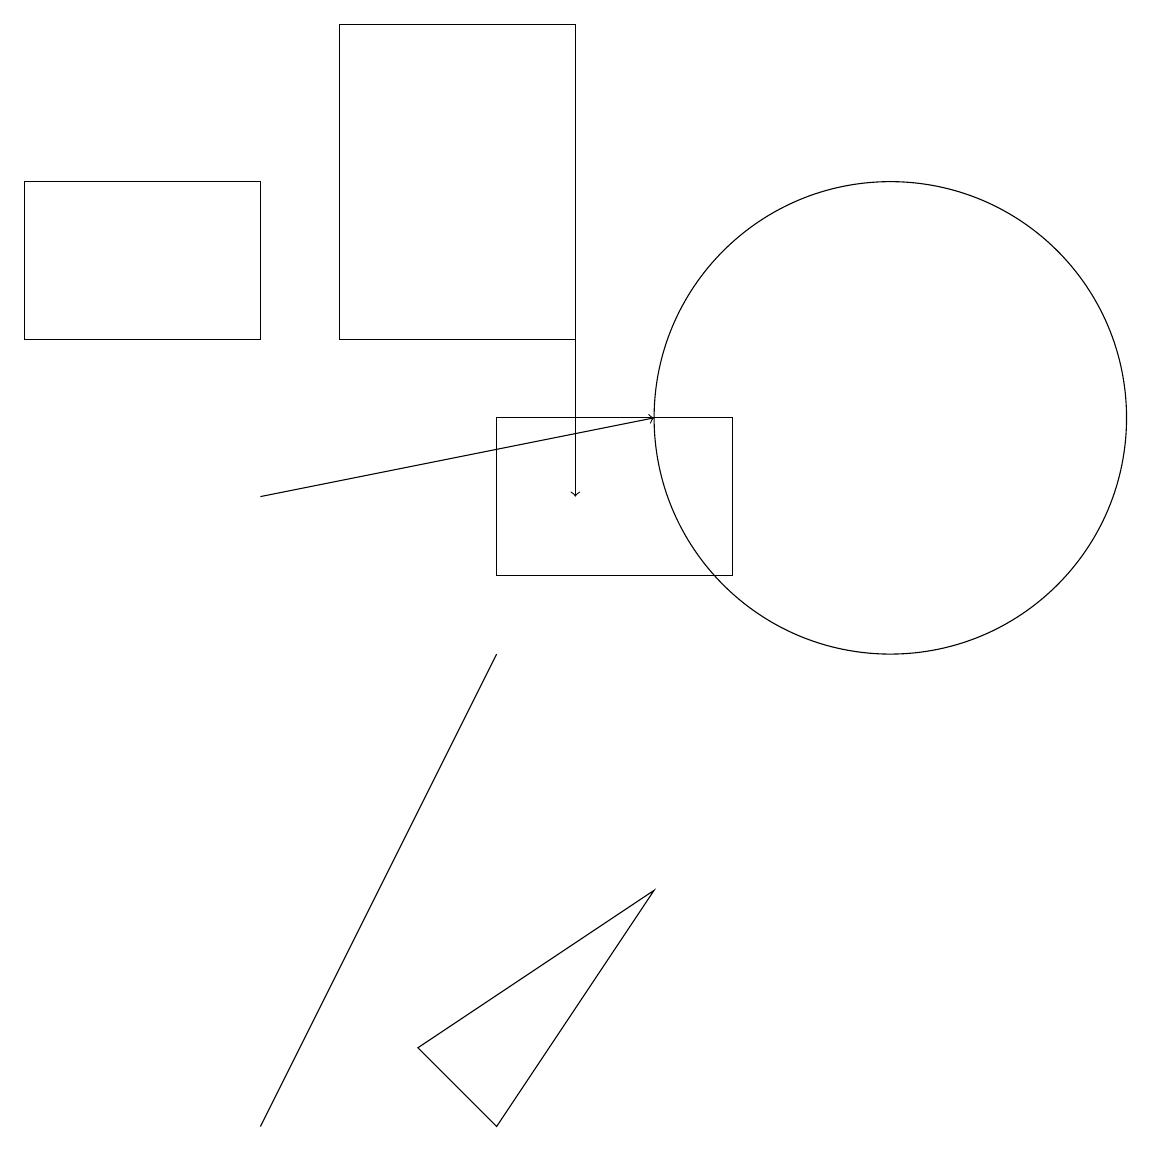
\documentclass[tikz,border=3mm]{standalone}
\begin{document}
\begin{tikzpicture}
\draw (8,6) -- (5,4) -- (6,3) -- cycle;
\draw[->] (3,11) -- (8,12);
\draw (4,5) -- (6,9) -- (3,3) -- cycle;
\draw (6,10) rectangle (9,12);
\draw[->] (7,16) -- (7,11);
\draw (0,13) rectangle (3,15);
\draw (11,12) circle (3);
\draw (7,13) rectangle (4,17);
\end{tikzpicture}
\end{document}